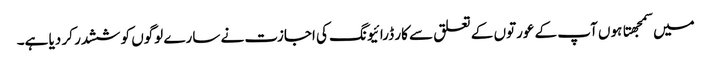
میں سمجهتا ہوں آپ کے عورتوں کے تعلق سے کار ڈرائیونگ کی اجازت نے سارے لوگوں کو ششدر کر دیا ہے۔